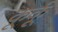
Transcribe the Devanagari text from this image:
कूर्कू